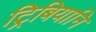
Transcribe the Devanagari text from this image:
ट्रिबियानि